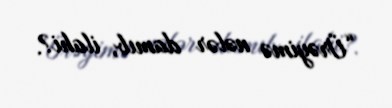
“Ürəyimə nələr damıb, ilahi?.